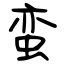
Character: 蛮